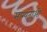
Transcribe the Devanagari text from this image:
मान्यताऒं